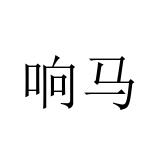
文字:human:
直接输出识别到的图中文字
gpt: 响马